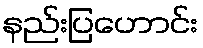
နည်းပြဟောင်း